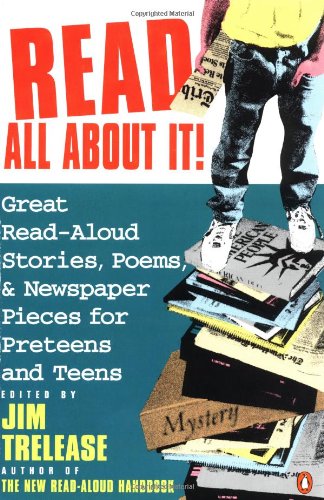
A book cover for Read All About It!: Great Read-Aloud Stories, Poems, and Newspaper Pieces for Preteens and Teens; Education & Teaching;